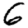
Digit: 6